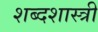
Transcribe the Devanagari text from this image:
शब्दशास्त्री